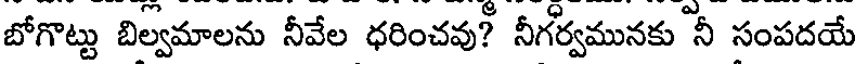
బోగొట్టు బిల్వమాలను నీవేల ధరించవు? నీగర్వమునకు నీ సంపదయే